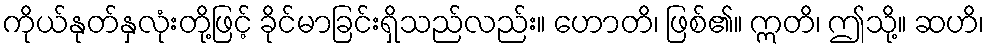
ကိုယ်နုတ်နှလုံးတို့ဖြင့် ခိုင်မာခြင်းရှိသည်လည်း။ ဟောတိ၊ ဖြစ်၏။ ဣတိ၊ ဤသို့။ ဆဟိ၊